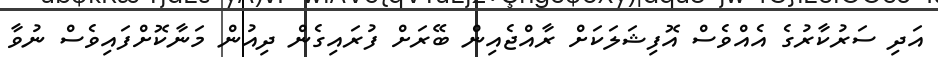
އަދި ސަރުކާރުގެ އެއްވެސް އޮފިޝަލަކަށް ރާއްޖެއިން ބޭރަށް ފުރައިގެން ދިއުން މަނާކޮށްފައިވެސް ނުވާ